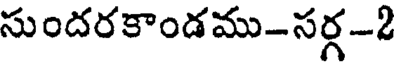
సుందరకాండము-సర్గ-2